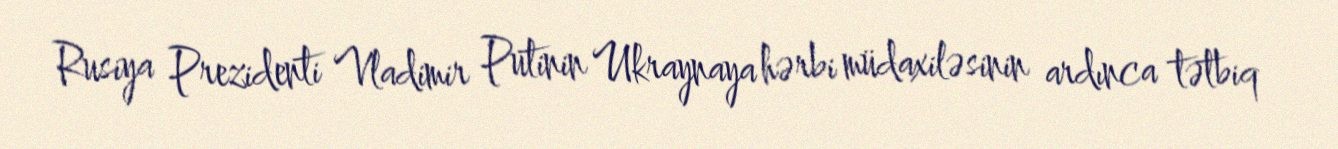
Rusiya Prezidenti Vladimir Putinin Ukraynaya hərbi müdaxiləsinin ardınca tətbiq